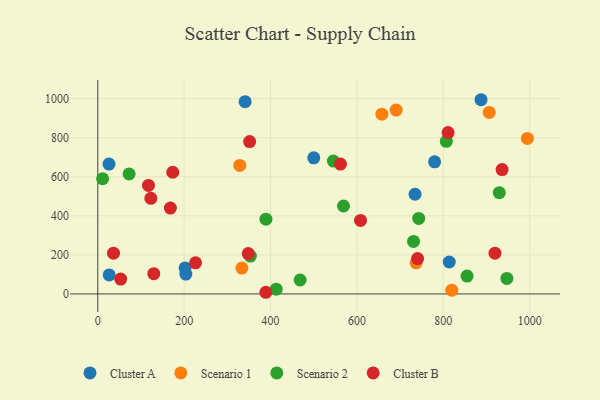
{"axis": {"x": "Speed", "y": "Salary"}, "legend": ["Cluster A", "Cluster B", "Scenario 1", "Scenario 2"], "data": [{"x": "26.0", "y": 665.2, "type": "Cluster A"}, {"x": "734.6", "y": 510.6, "type": "Cluster A"}, {"x": "500.1", "y": 697.3, "type": "Cluster A"}, {"x": "813.8", "y": 163.7, "type": "Cluster A"}, {"x": "202.1", "y": 133.4, "type": "Cluster A"}, {"x": "341.1", "y": 985.0, "type": "Cluster A"}, {"x": "887.4", "y": 994.8, "type": "Cluster A"}, {"x": "26.4", "y": 97.6, "type": "Cluster A"}, {"x": "779.9", "y": 676.7, "type": "Cluster A"}, {"x": "203.9", "y": 101.7, "type": "Cluster A"}, {"x": "994.7", "y": 796.7, "type": "Scenario 1"}, {"x": "333.6", "y": 132.4, "type": "Scenario 1"}, {"x": "737.0", "y": 159.3, "type": "Scenario 1"}, {"x": "657.8", "y": 921.0, "type": "Scenario 1"}, {"x": "819.6", "y": 19.2, "type": "Scenario 1"}, {"x": "906.4", "y": 929.8, "type": "Scenario 1"}, {"x": "690.9", "y": 942.0, "type": "Scenario 1"}, {"x": "328.8", "y": 658.5, "type": "Scenario 1"}, {"x": "545.5", "y": 680.7, "type": "Scenario 2"}, {"x": "72.5", "y": 614.9, "type": "Scenario 2"}, {"x": "568.9", "y": 450.4, "type": "Scenario 2"}, {"x": "855.0", "y": 91.5, "type": "Scenario 2"}, {"x": "807.0", "y": 781.5, "type": "Scenario 2"}, {"x": "413.1", "y": 24.4, "type": "Scenario 2"}, {"x": "11.2", "y": 590.0, "type": "Scenario 2"}, {"x": "389.4", "y": 383.1, "type": "Scenario 2"}, {"x": "743.1", "y": 387.0, "type": "Scenario 2"}, {"x": "947.2", "y": 79.5, "type": "Scenario 2"}, {"x": "468.5", "y": 71.3, "type": "Scenario 2"}, {"x": "353.3", "y": 194.1, "type": "Scenario 2"}, {"x": "929.7", "y": 518.7, "type": "Scenario 2"}, {"x": "731.1", "y": 269.1, "type": "Scenario 2"}, {"x": "129.7", "y": 103.7, "type": "Cluster B"}, {"x": "117.4", "y": 556.0, "type": "Cluster B"}, {"x": "168.1", "y": 440.0, "type": "Cluster B"}, {"x": "36.4", "y": 209.0, "type": "Cluster B"}, {"x": "936.1", "y": 637.2, "type": "Cluster B"}, {"x": "122.9", "y": 489.5, "type": "Cluster B"}, {"x": "919.7", "y": 209.0, "type": "Cluster B"}, {"x": "740.5", "y": 180.9, "type": "Cluster B"}, {"x": "561.9", "y": 665.2, "type": "Cluster B"}, {"x": "351.6", "y": 780.3, "type": "Cluster B"}, {"x": "173.6", "y": 623.4, "type": "Cluster B"}, {"x": "608.4", "y": 376.5, "type": "Cluster B"}, {"x": "811.1", "y": 826.5, "type": "Cluster B"}, {"x": "389.2", "y": 8.5, "type": "Cluster B"}, {"x": "53.0", "y": 76.0, "type": "Cluster B"}, {"x": "348.3", "y": 206.8, "type": "Cluster B"}, {"x": "226.3", "y": 159.1, "type": "Cluster B"}]}